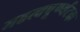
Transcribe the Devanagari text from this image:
महत्वपूर्ण्यटक